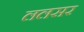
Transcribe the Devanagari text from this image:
ललसर